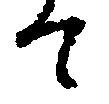
て